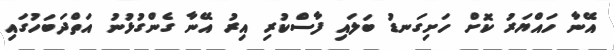
އޭނާ ހައްޔަރު ކޮށް ހަށިގަނޑު ބަލައި ފާސްކުރި އިރު އޭނާ ގެންގުޅުނު އަތްދަބަހުގައި